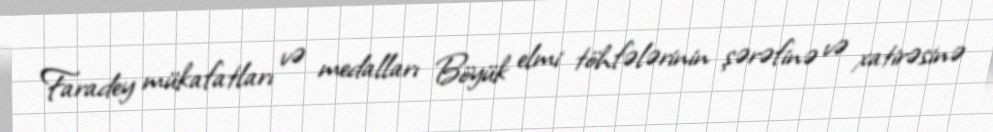
Faradey mükafatları və medalları Böyük elmi töhfələrinin şərəfinə və xatirəsinə